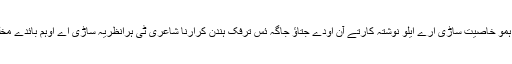
کرار ناشاعری ٹی ہمو خاصیت ساڑی ارے ایلو نوشتہ کارتے آن اودے جتاؤ جاگہ ئس ترفک ہندن کرارنا شاعری ٹی ہرانظریہ ساڑی اے اوہم بائدے مخلوق نا مونا ہتنگے۔